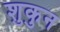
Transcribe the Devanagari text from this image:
शुकुन